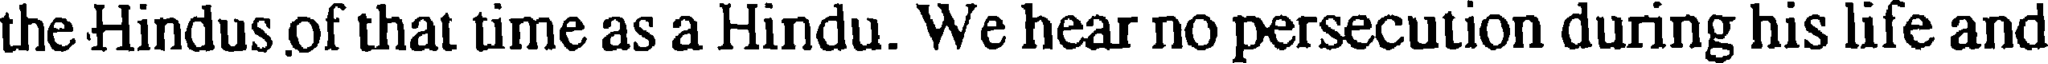
the Hindus of that time as a Hindu. We hear no persecution during his life and